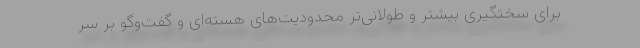
برای سختگیری بیشتر و طولانی‌تر محدودیت‌های هسته‌ای و گفت‌وگو بر سر